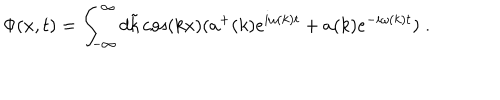
LaTeX: \Phi ( x , t ) = \int _ { - \infty } ^ { \infty } d \tilde { k } \cos ( k x ) ( a ^ { + } ( k ) e ^ { i \omega ( k ) t } + a ( k ) e ^ { - i \omega ( k ) t } ) \; .